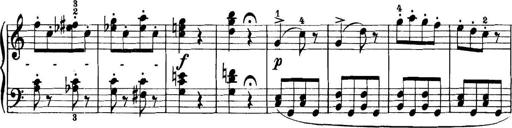
Title: 11 Sonatinas
Composer: Anton Diabelli